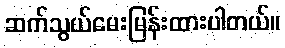
ဆက်သွယ်မေးမြန်းထားပါတယ်။